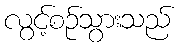
လွင့်စဉ်သွားသည်